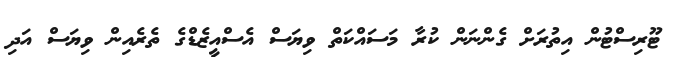
ޓޫރިސްޓުން އިތުރަށް ގެންނަން ކުރާ މަސައްކަތް ވިޔަސް އެސްއީޒެޑްގެ ތެރެއިން ވިޔަސް އަދި